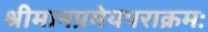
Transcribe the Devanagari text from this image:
श्रीमानप्रमेयपराक्रमः